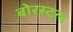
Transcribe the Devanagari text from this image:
बोरस्टल